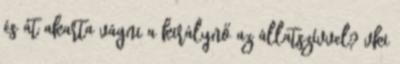
és át akarta vágni a királynő az állatszívvel? vki